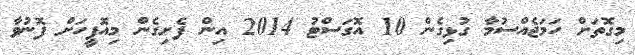
މިގޮތަށް ހަމަޖެއްސުމާ ގުޅިގެން 10 އޮގަސްޓު 2014 އިން ފެށިގެން މިއޮފީހަށް ފޮނުވާ